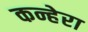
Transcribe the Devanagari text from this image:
कन्हेरा